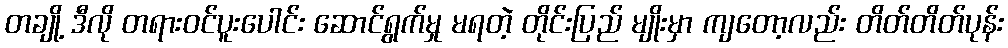
တချို့ ဒီလို တရားဝင်ပူးပေါင်း ဆောင်ရွက်မှု မရတဲ့ တိုင်းပြည် မျိုးမှာ ကျတော့လည်း တိတ်တိတ်ပုန်း